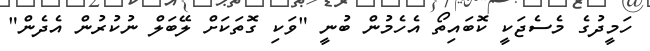
ހަމީދުގެ މެސެޖަކީ ކޮބައިތޯ އެހެމުން ބުނީ "ވަކި ގޮތަކަށް ލޭބަލް ނުކުރުން އެދެން"